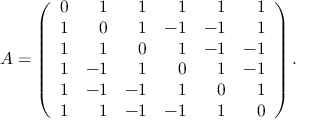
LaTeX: A = \left( { \begin{array} { c r r r r r } { 0 } & { 1 } & { 1 } & { 1 } & { 1 } & { 1 } \\ { 1 } & { 0 } & { 1 } & { - 1 } & { - 1 } & { 1 } \\ { 1 } & { 1 } & { 0 } & { 1 } & { - 1 } & { - 1 } \\ { 1 } & { - 1 } & { 1 } & { 0 } & { 1 } & { - 1 } \\ { 1 } & { - 1 } & { - 1 } & { 1 } & { 0 } & { 1 } \\ { 1 } & { 1 } & { - 1 } & { - 1 } & { 1 } & { 0 } \end{array} } \right) .